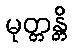
မုတ္တန္တိ